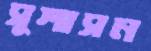
সুশাসন